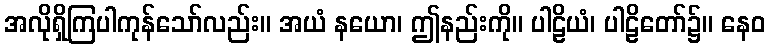
အလိုရှိကြပါကုန်သော်လည်း။ အယံ နယော၊ ဤနည်းကို။ ပါဠိယံ၊ ပါဠိတော်၌။ နေဝ